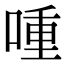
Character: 喠